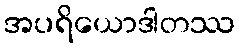
အပရိယောဒါတဿ